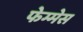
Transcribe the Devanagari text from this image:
फेम्मेस